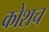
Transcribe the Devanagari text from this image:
कोशच